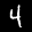
Label: 4